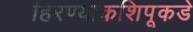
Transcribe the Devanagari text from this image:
हिरण्याकशिपूकडे